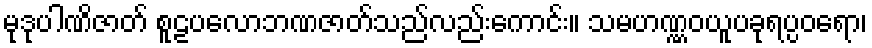
မုဒုပါဏိဇာတ် စူဠပလောဘဏဇာတ်သည်လည်းကောင်း။ သမဟဏ္ဏဝယူပခုရပ္ပဝရော၊